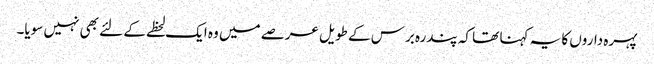
پہرہ داروں کا یہ کہنا تھا کہ پندرہ برس کے طویل عرصے میں وہ ایک لحظے کے لئے بھی نہیں سویا۔